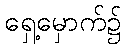
ရှေ့မှောက်၌